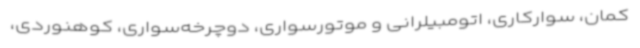
کمان، سوارکاری، اتومبیلرانی و موتورسواری، دوچرخه‌سواری، کوهنوردی،